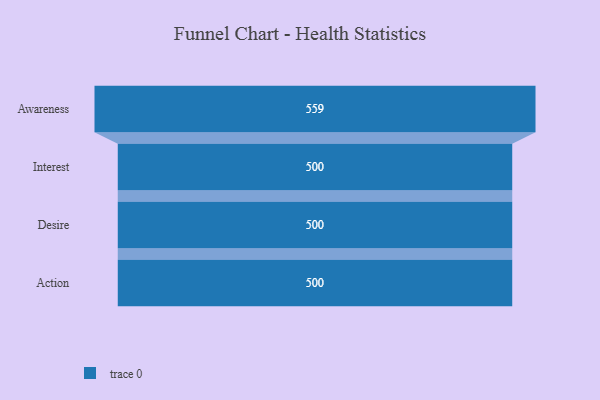
{"axis": {"x": "Stage", "y": "Value"}, "legend": [""], "data": [{"x": "Awareness", "y": 559.0, "type": ""}, {"x": "Interest", "y": 500, "type": ""}, {"x": "Desire", "y": 500, "type": ""}, {"x": "Action", "y": 500, "type": ""}]}